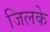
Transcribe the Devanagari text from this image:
जिलके